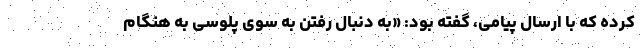
کرده که با ارسال پیامی، گفته بود: «به دنبال رفتن به سوی پلوسی به هنگام